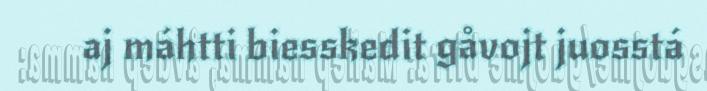
aj máhtti biesskedit gåvojt juosstá